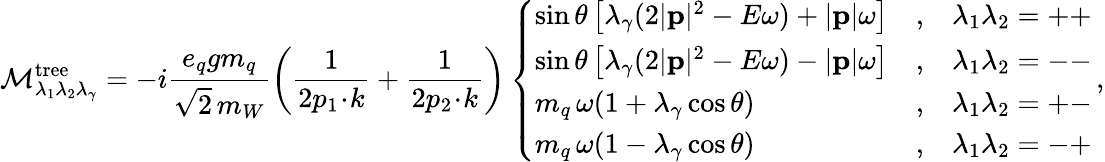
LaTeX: {\cal M}_{\lambda_{1}\lambda_{2}\lambda_{\gamma}}^{\mathrm{tree}}=-i\frac{e_{q}gm_{q}}{\sqrt{\displaystyle 2}\, m_{W}}\left(\frac{1}{2p_{1}\! \cdot\! k}+\frac{1}{2p_{2}\! \cdot\! k}\right)\left\{ \begin{array}{lcl}{{\sin\theta\left[\lambda_{\gamma}(2|{\mathbf p}|^{2}-E\omega)+|{\mathbf p}|\omega\right]}}&{{,}}&{{\lambda_{1}\lambda_{2}=++}}\\ {{\sin\theta\left[\lambda_{\gamma}(2|{\mathbf p}|^{2}-E\omega)-|{\mathbf p}|\omega\right]}}&{{,}}&{{\lambda_{1}\lambda_{2}=--}}\\ {{m_{q}\, \omega(1+\lambda_{\gamma}\cos\theta)}}&{{,}}&{{\lambda_{1}\lambda_{2}=+-}}\\ {{m_{q}\, \omega(1-\lambda_{\gamma}\cos\theta)}}&{{,}}&{{\lambda_{1}\lambda_{2}=-+}}\end{array}\right.\, ,